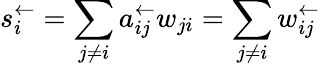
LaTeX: s_{i}^{\leftarrow}=\sum_{j\neq i}a_{ij}^{\leftarrow}w_{ji}=\sum_{j\neq i}w_{ij}^{\leftarrow}